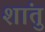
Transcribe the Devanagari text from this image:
शांतु